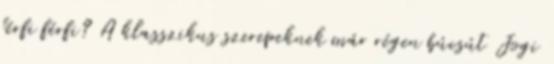
férfi férfi? A klasszikus szerepeknek már régen búcsút Jogi